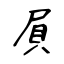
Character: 屓